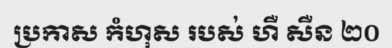
ប្រកាស កំហុស របស់ ហឺ សឺន ២០